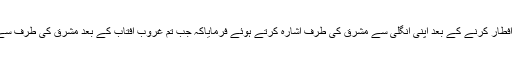
وہ شخص افطاری لایا تو آپؐ نے روزہ افطار کرنے کے بعد اپنی انگلی سے مشرق کی طرف اشارہ کرتے ہوئے فرمایاکہ جب تم غروب آفتاب کے بعد مشرق کی طرف سے اندھیرا اٹھتا دیکھو تو افطار کرلیاکرو۔